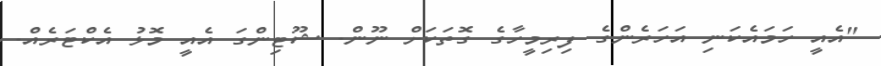
"އެއީ ހަމައެކަނި އަހަރެންގެ ފިރިމީހާގެ ގޮތަކަށް ނޫން. ޝޫޓިންގަ އެއީ މޮޅު އެކްޓަރެއް.